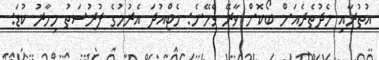
އުތުރާއި މެދުތެރެއަށް ބޯކޮށް ވާރޭ ވެހޭނެ: މެޓްއުދަ އެރުމުގެ ފުރުސަތު މިހާރު ކުޑަ: